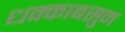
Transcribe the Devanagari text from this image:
धक्काबसुन